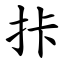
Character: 拤